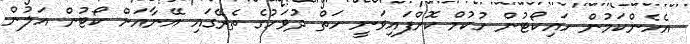
އެހެންކަމުން ހައިކޯޓުން ހުކުމް ކޮށްފައިވަނީ ހަތް ދުވަހުގެ ތެރޭގައި އޭނާއަށް ކޯޓުން އަލުން